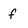
Character: f